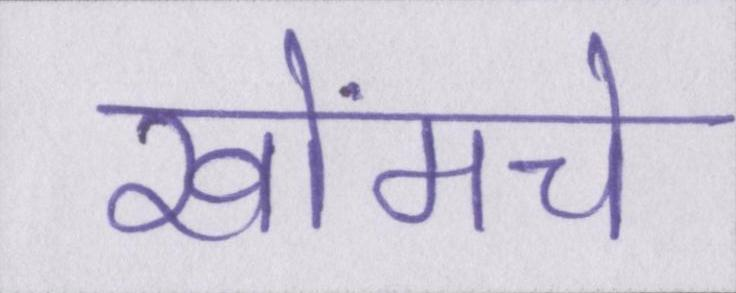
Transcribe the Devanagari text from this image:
खोंमचे